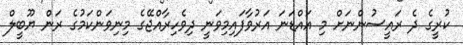
ކުރީގެ ދެ ރައީސުންނަށް މި އައްޑަނަ އަރުވާފައިމިވަނީ ދިވެހިރާއްޖޭގެ މިނިވަންކަމުގެ ރަން ޔޫބީލް